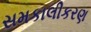
સમકાલીકરણ